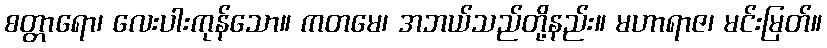
စတ္တာရော၊ လေးပါးကုန်သော။ ကတမေ၊ အဘယ်သည်တို့နည်း။ မဟာရာဇ၊ မင်းမြတ်။